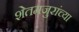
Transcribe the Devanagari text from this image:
शेतमजुरांच्या